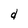
Character: d